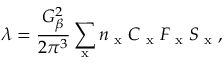
\lambda = \frac { G _ { \beta } ^ { 2 } } { 2 \pi ^ { 3 } } \sum _ { \textrm { x } } n _ { \textrm { x } } C _ { \textrm { x } } F _ { \textrm { x } } S _ { \textrm { x } } ,